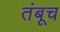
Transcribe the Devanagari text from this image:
तंबूच